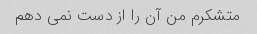
متشکرم من آن را از دست نمی دهم